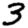
Digit: 3